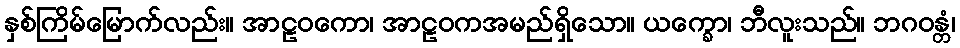
နှစ်ကြိမ်မြောက်လည်း။ အာဠဝကော၊ အာဠဝကအမည်ရှိသော။ ယက္ခော၊ ဘီလူးသည်။ ဘဂဝန္တံ၊